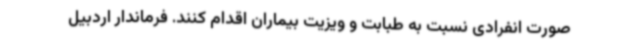
صورت انفرادی نسبت به طبابت و ویزیت بیماران اقدام کنند. فرماندار اردبیل